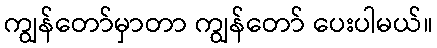
ကျွန်တော်မှာတာ ကျွန်တော် ပေးပါမယ်။